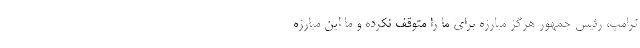
ترامپ،‌ رئیس جمهور هرگز مبارزه برای ما را متوقف نکرده و ما این مبارزه